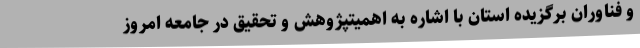
و فناوران برگزیده استان با اشاره به اهمیتپژوهش و تحقیق در جامعه امروز